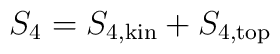
S_4 = S_{4,{\rm kin}}+S_{4,{\rm top}}